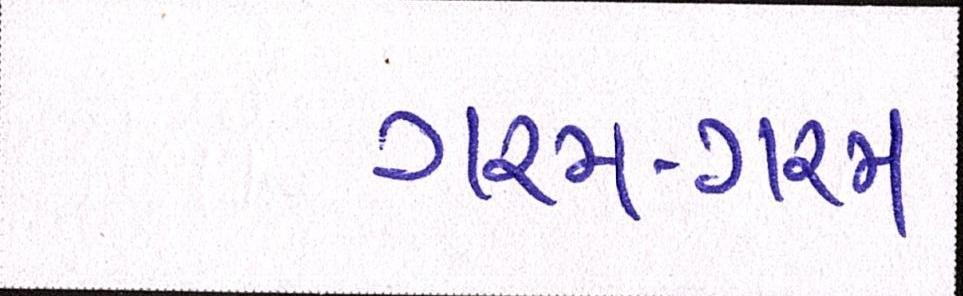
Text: ગરમ-ગરમ